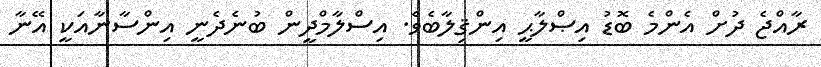
ރާއްޖެ ދުށް އެންމެ ބޮޑު އިޞްލާޙީ އިންޤިލާބެވެ. އިސްލާމްދީން ބުނެދެނީ އިންސާނާއަކީ އޭނާ